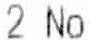
2 NO